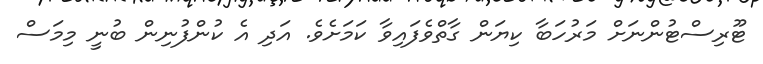
ޓޫރިސްޓުންނަށް މަރުހަބާ ކިޔަން ގާތްވެފައިވާ ކަމަށެވެ. އަދި އެ ކުންފުނިން ބުނީ މިމަސް